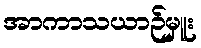
အာကာသယာဉ်မှူး